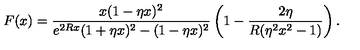
F ( x ) = \frac { x ( 1 - \eta x ) ^ { 2 } } { e ^ { 2 R x } ( 1 + \eta x ) ^ { 2 } - ( 1 - \eta x ) ^ { 2 } } \left( 1 - \frac { 2 \eta } { R ( \eta ^ { 2 } x ^ { 2 } - 1 ) } \right) { . }